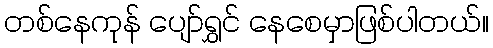
တစ်နေကုန် ပျော်ရွှင် နေစေမှာဖြစ်ပါတယ်။